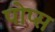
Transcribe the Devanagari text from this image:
पोप्स